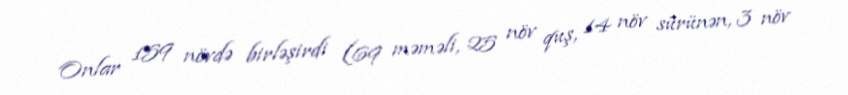
Onlar 159 növdə birləşirdi (69 məməli, 25 növ quş, 14 növ sürünən, 3 növ